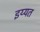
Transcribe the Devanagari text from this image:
इय्यत